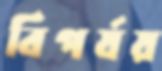
বিপর্যয়